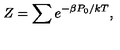
Z = \sum e ^ { - \beta P _ { 0 } / k T } ,